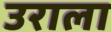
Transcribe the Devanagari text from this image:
उराला